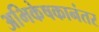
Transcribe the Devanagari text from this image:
अभिकेषकानंतर